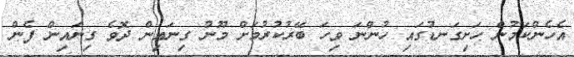
އެހެންކަމުން ހަށިގަނޑުގައި ހުންނަ ވިހަ ބޭރުކުރުމަށް މޫނު ގިނައިން ދޮވެ ގިނައިން ފެން